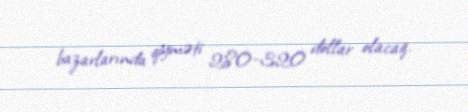
bazarlarında qiyməti 280-320 dollar olacaq.